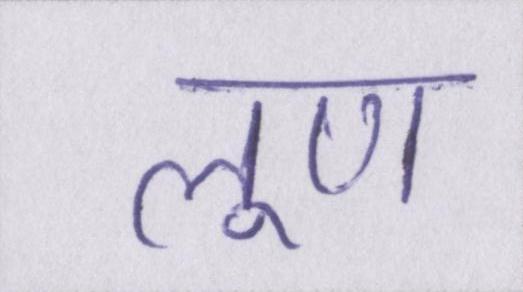
लूण